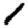
Digit: 1